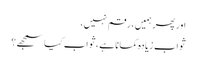
اور پھر ہمیں ، رقم نہیں،
ثواب زیادہ کمانا ہے ،ثواب کیا سمجھے ؟